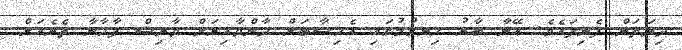
ދިޔަތަން ފެނިފައެވެ. އޭނާ ބާރު ހިނގުމުގައި އެހިސާބަށް ދާންވާއިރަށް ވާރިޝް ފާހާނާ ތެރެއަށް